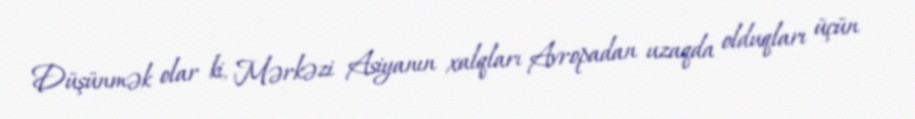
Düşünmək olar ki, Mərkəzi Asiyanın xalqları Avropadan uzaqda olduqları üçün